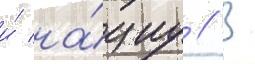
и́ на́циу // В